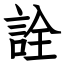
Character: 詮